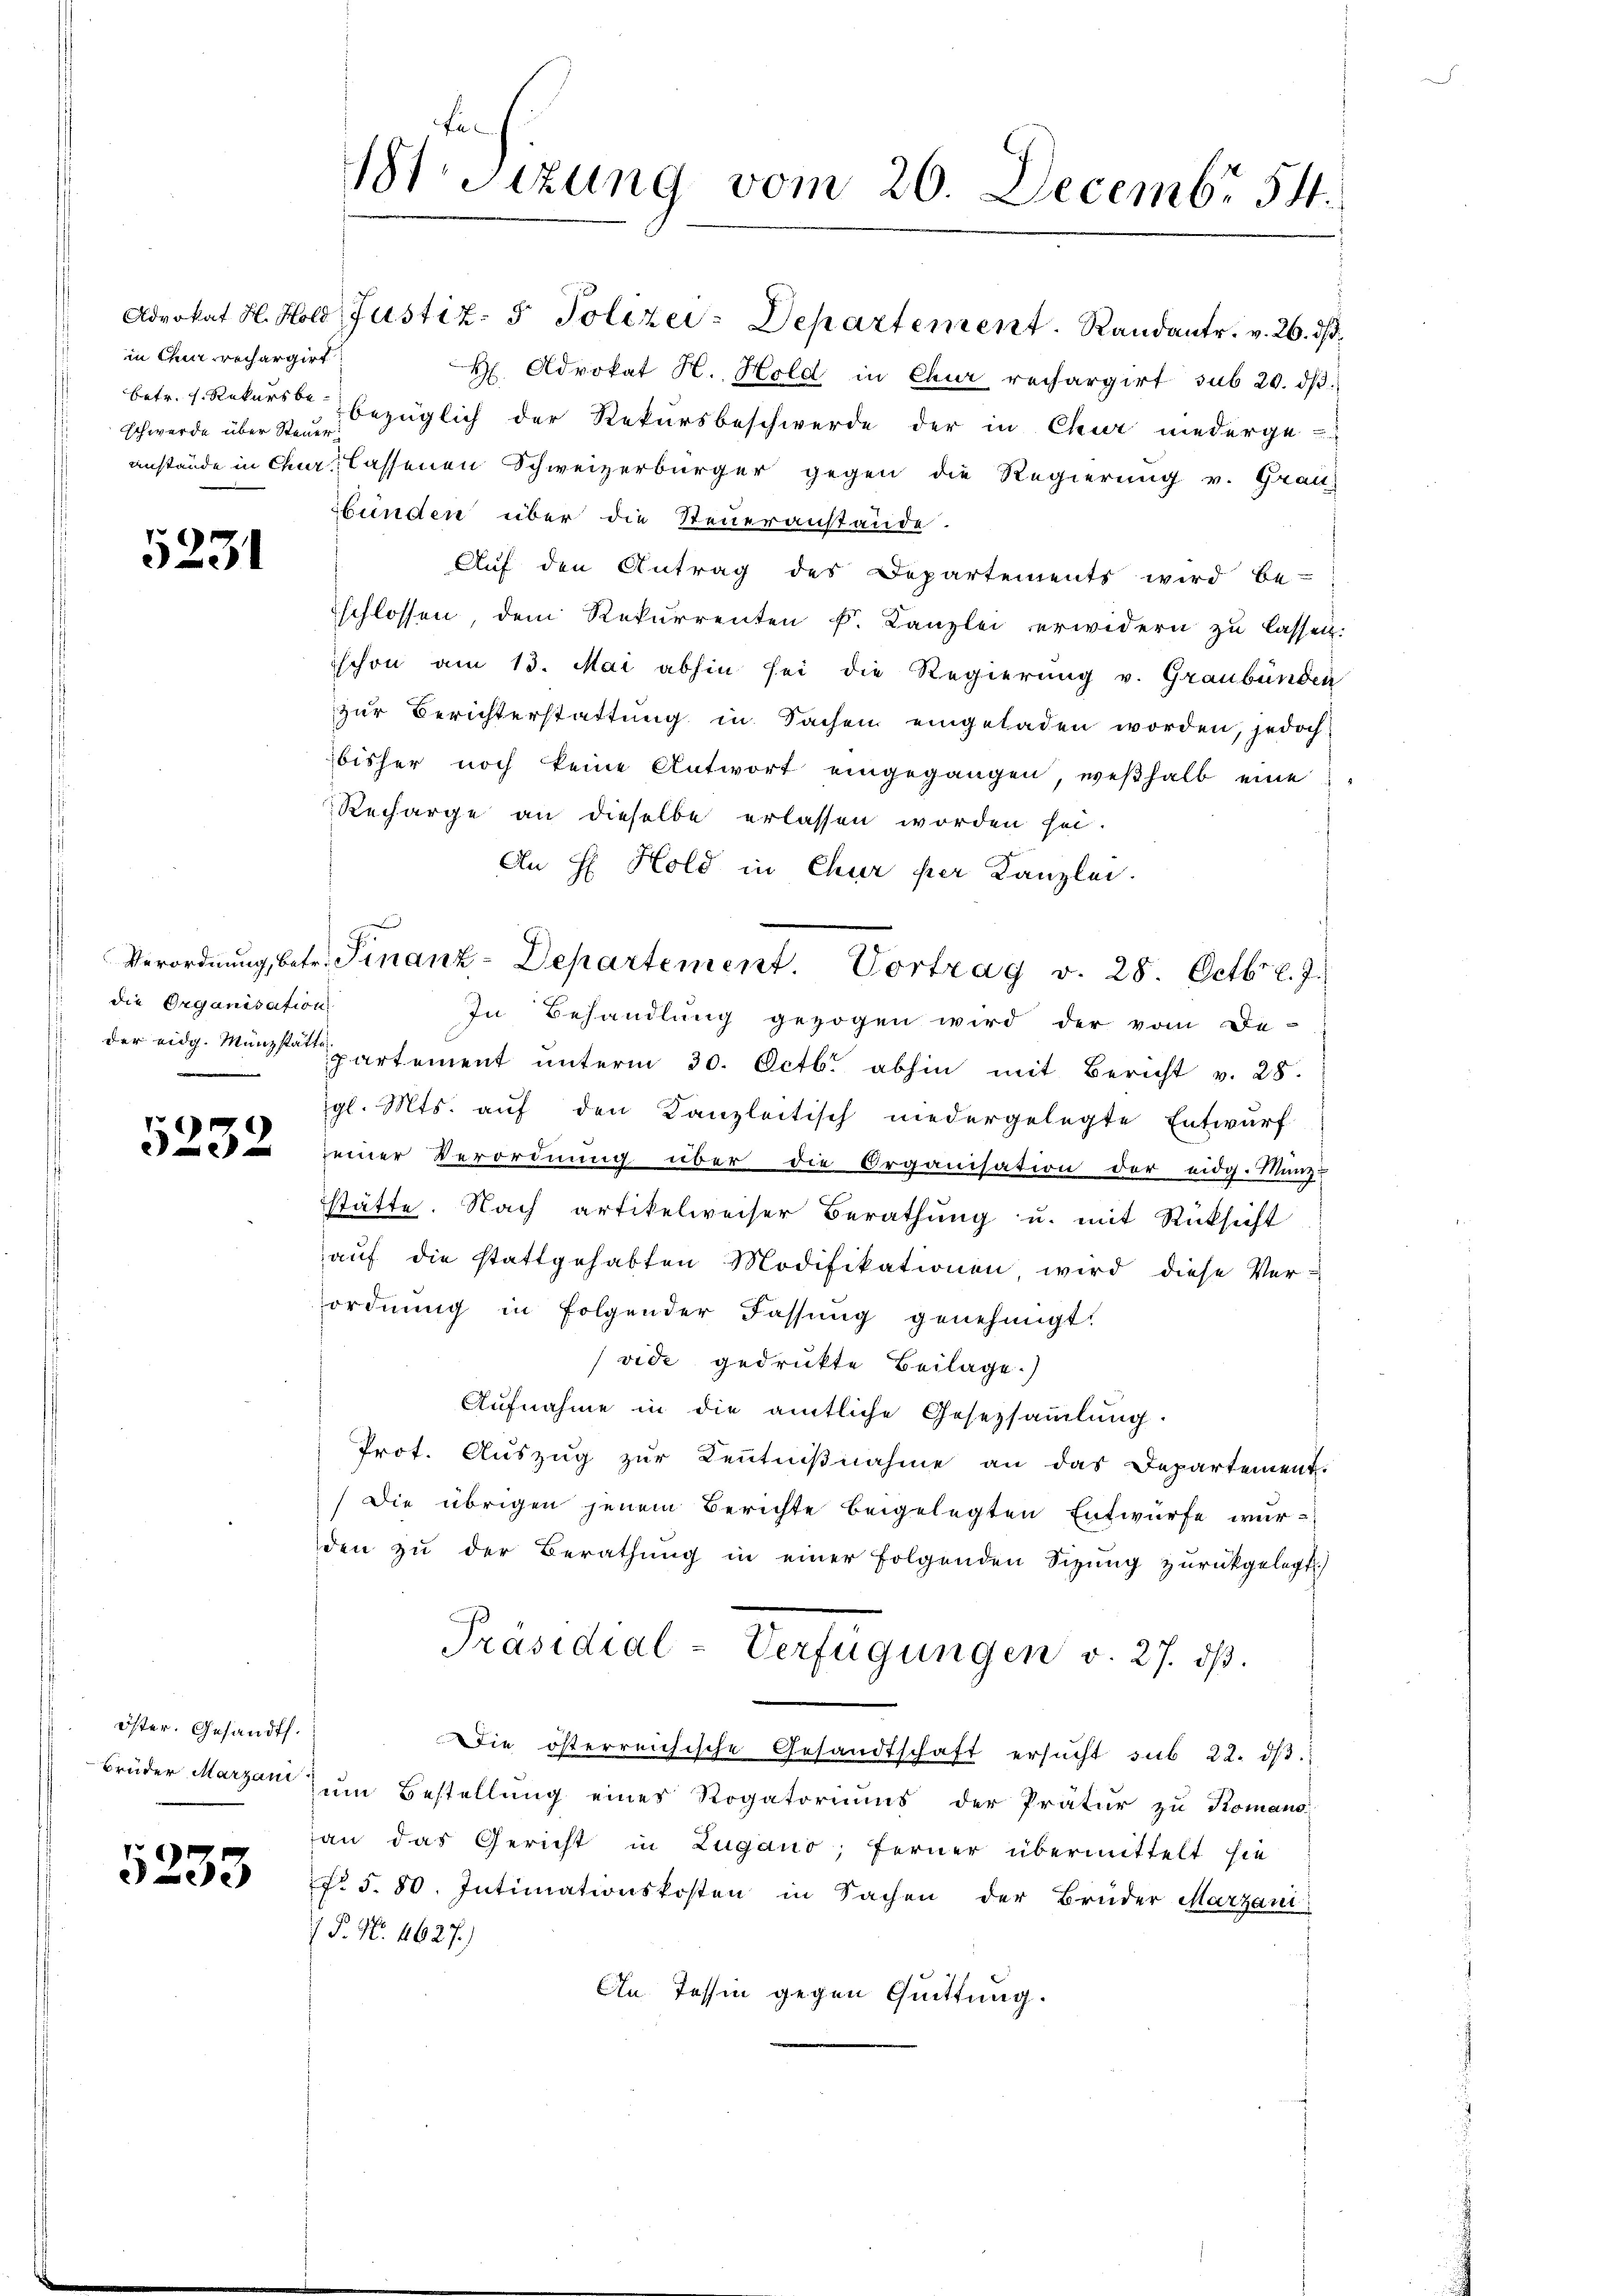
in Chi prechargirt
schwerde über Steuer,

5231

die Organisation
.

5232

öster. Gesandt.

5233

fe
Btsizung vom 20. Decembr 54.

Verordnung, betr. Finanz-Departement. Vortrag v. 28. Octbr. l. J.

An H: Hold in Chur per Kanzlei.
In Behandlung gezogen wird der vom De-
der eidg. Münzsa partement unterm 30. Octbr. abhin mit Bericht v. 28.
gl. Mts. auf den Kanzleitisch niedergelegte Entwurf
seiner Verordnung über die Organisation der eidg. Münz-
stätte. Nach artikelweiser Berathung u. mit Rücksicht
aŭf die stattgehabten Modifikationen wird diese Ver-
ordnung in folgender Fassung genehmigt.
(vide gedrukte Beilage.)
Aufnahme in die amtliche Gesetzsammlung.
Prot. Auszug zur Kenntniβnahme an das Departement.
Die übrigen jenem Berichte beigelegten Entwurfe wurden zu der Berathung in einer folgenden Sizung zurückgelegt.)
Präsidial-Verfügungen v. 27. dβ.
Die österreichische Gesandtschaft ersŭcht sub 22. dβ
Brüder Marzen zum Bestellung eines Rogatoriums der Pratur zu Komano
an das Gericht in Zugano, ferner übermittelt hie
No 5. 80. Intimationskosten in Sachen der Brüder Marzani
P. Nr. 4627.)
In Tessin gegen Quittung.

Advokat H. Hold, Justiz- & Polizei-Departement. Randants. v. 26. ds.
H Advokat H. Hold in Chur rechargirt sub 20. dβ.
betr. 1. Rekurs bezüglich der Rekursbeschwerde der in Chur niederge-
anstände in Chur, lassenen Schweizerbürger gegen die Regierung v. Grau-
bunden über die Steueranstände.
Aŭf den Antrag des Departements wird be-
schlossen, dem Rekurrenten k. Kanzlei erwidern zu lassen:
schon am 13. Mai abhin sei die Regierung v. Graubünden
zur Berichterstattung in Sachen eingeladen worden, jedoch
bisher noch keine Antwort eingegangen, weβhalb eine
Recharge an dieselbe erlassen worden sei.